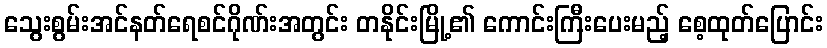
သွေးစွမ်းအင်နတ်ရေစင်ဂိုဏ်းအတွင်း တနိုင်းမြို့၏ ကောင်းကြီးပေးမည့် စေ့ထုတ်ပြောင်း